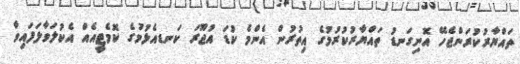
ތައްޔާރުކުރަންޖެހޭ އޮނިގަނޑު ތައްޔާރުކުރުމުގެ އިތުރުން އެންމެ ކުޑަ އުޖޫރަ ކަނޑއެޅުމުގެ ކޮމެޓީއެއް އެކުލަވާލަފައިވާ